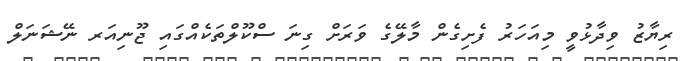
ރިޔާޒު ވިދާޅުވީ މިއަހަރު ފެށިގެން މާލޭގެ ވަރަށް ގިނަ ސްކޫލްތަކެއްގައި ޖޫނިއަރ ނޭޝަނަލް